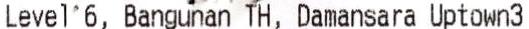
LEVEL 6, BANGUNAN TH, DAMANSARA UPTOWN3